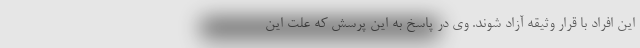
این افراد با قرار وثیقه آزاد شوند. وی در پاسخ به این پرسش که علت این